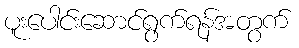
ပူးပေါင်းဆောင်ရွက်ရန်အတွက်